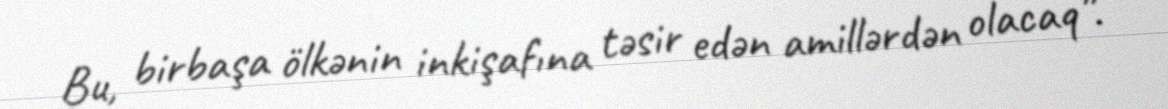
Bu, birbaşa ölkənin inkişafına təsir edən amillərdən olacaq”.